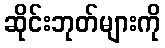
ဆိုင်းဘုတ်များကို